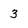
Character: 3